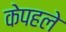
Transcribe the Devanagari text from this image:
केपहले